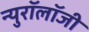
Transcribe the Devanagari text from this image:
न्युरॉलॉजी